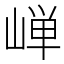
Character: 𮱯